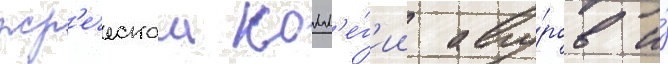
жр'еческои колл'е́г'ии авгу́ров и́